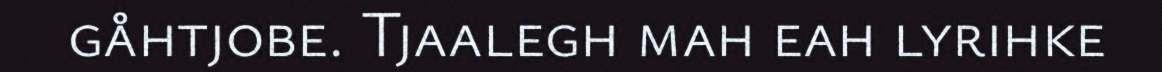
gåhtjobe. Tjaalegh mah eah lyrihke